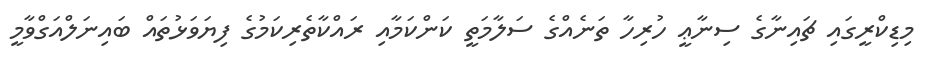
މިޑިކްރީގައި ޗައިނާގެ ސިނާޢީ ހުރިހާ ތަނެއްގެ ސަލާމަތީ ކަންކަމާއި ރައްކާތެރިކަމުގެ ފިޔަވަޅުތައް ބައިނަލްއަގްވާމީ